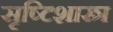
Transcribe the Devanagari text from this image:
सृष्टिशास्त्र